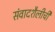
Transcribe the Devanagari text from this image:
संवादशैलीची